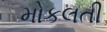
મોકલતી